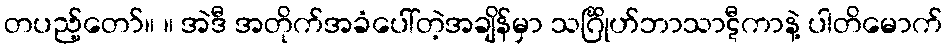
တပည့်တော်။ ။ အဲဒီ အတိုက်အခံပေါ်တဲ့အချိန်မှာ သင်္ဂြိုဟ်ဘာသာဋီကာနဲ့ ပါတိမောက်